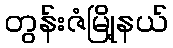
တွန်းဇံမြို့နယ်